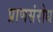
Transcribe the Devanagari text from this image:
प्राणसंरोध